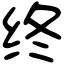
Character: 终